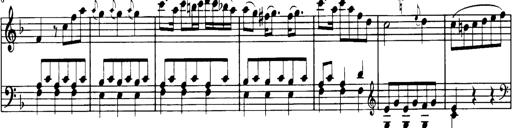
Title: Sonatine in C
Composer: Anton Eberl
Key: C major